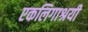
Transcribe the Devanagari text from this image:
एकलिगाश्रयी